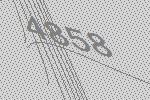
4858